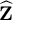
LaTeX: \widehat { \mathbf { Z } }